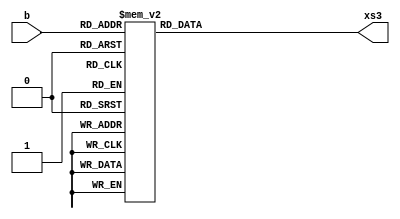
module bcd_excess3(input [3:0] b, output reg [3:0] xs3);

always @(b)
begin
case (b)
4'b0000: xs3= 4'b0011;
4'b0001: xs3= 4'b0100;
4'b0010: xs3= 4'b0101;
4'b0011: xs3= 4'b0110;
4'b0100: xs3= 4'b0111;
4'b0101: xs3= 4'b1000;
4'b0110: xs3= 4'b1001;
4'b0111: xs3= 4'b1010;
4'b1000: xs3= 4'b1011;
4'b1001: xs3= 4'b1100;
default: xs3 = 4'b0000;

endcase
end
endmodule